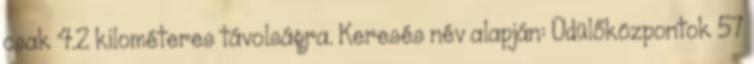
csak 4.2 kilométeres távolságra. Keresés név alapján: Üdülőközpontok 57